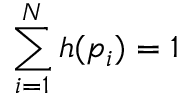
\sum _ { i = 1 } ^ { N } { h ( p _ { i } ) } = 1